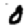
Digit: 0